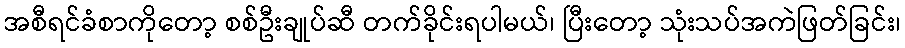
အစီရင်ခံစာကိုတော့ စစ်ဦးချုပ်ဆီ တက်ခိုင်းရပါမယ်၊ ပြီးတော့ သုံးသပ်အကဲဖြတ်ခြင်း၊